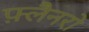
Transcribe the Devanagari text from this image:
फ़्लैनरो